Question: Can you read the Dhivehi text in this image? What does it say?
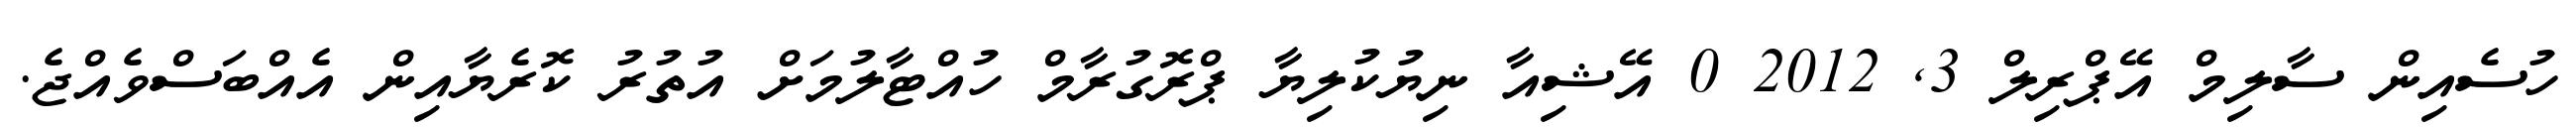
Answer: ހުސެއިން ސާލިމް އޭޕްރިލް 3, 2012 0 އޭޝިއާ ނިޔުކުލިޔާ ޕްރޮގުރާމް ހުއްޓާލުމަށް އުތުރު ކޮރެޔާއިން އެއްބަސްވެއްޖެ.